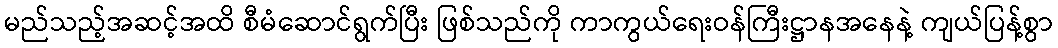
မည်သည့်အဆင့်အထိ စီမံဆောင်ရွက်ပြီး ဖြစ်သည်ကို ကာကွယ်ရေးဝန်ကြီးဋ္ဌာနအနေနဲ့ ကျယ်ပြန့်စွာ